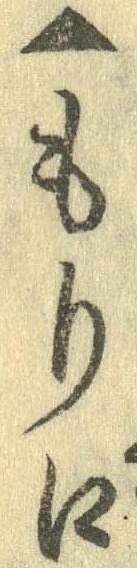
▲もり口